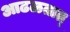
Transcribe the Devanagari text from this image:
आढळतात्